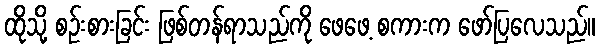
ထိုသို့ စဉ်းစားခြင်း ဖြစ်တန်ရာသည်ကို ဖေဖေ့ စကားက ဖော်ပြလေသည်။